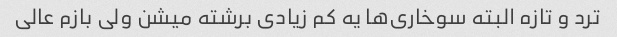
ترد و تازه البته سوخاری‌ها یه کم زیادی برشته میشن ولی بازم عالی